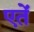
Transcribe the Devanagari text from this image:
एतें